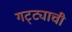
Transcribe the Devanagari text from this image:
गट्ट्याची